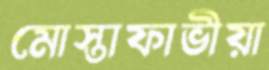
মোস্তাফাভীয়া